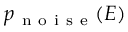
p _ { \mathrm { ~ n ~ o ~ i ~ s ~ e ~ } } ( E )